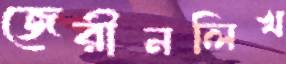
জেরীনলিখ